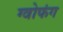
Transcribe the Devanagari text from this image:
ग्वोफंग